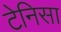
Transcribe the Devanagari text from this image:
टेनिसा